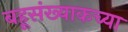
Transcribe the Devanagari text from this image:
बहूसंख्याकच्या